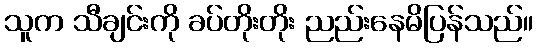
သူက သီချင်းကို ခပ်တိုးတိုး ညည်းနေမိပြန်သည်။